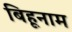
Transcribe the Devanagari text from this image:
बिहूनाम